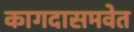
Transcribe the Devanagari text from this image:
कागदासमवेत